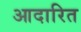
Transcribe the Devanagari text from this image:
आदारित